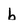
Character: b